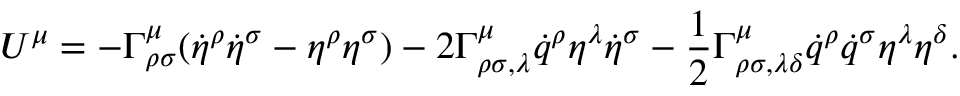
U ^ { \mu } = - \Gamma _ { \rho \sigma } ^ { \mu } ( \dot { \eta } ^ { \rho } \dot { \eta } ^ { \sigma } - \eta ^ { \rho } \eta ^ { \sigma } ) - 2 \Gamma _ { \rho \sigma , \lambda } ^ { \mu } \dot { q } ^ { \rho } \eta ^ { \lambda } \dot { \eta } ^ { \sigma } - \frac { 1 } { 2 } \Gamma _ { \rho \sigma , \lambda \delta } ^ { \mu } \dot { q } ^ { \rho } \dot { q } ^ { \sigma } \eta ^ { \lambda } \eta ^ { \delta } .